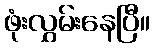
ဖုံးလွှမ်းနေပြီ။